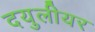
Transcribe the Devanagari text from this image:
दयुलीयर